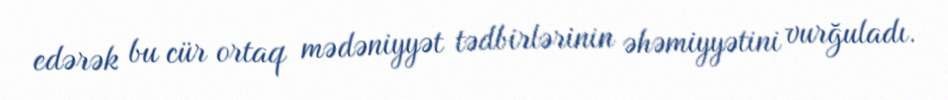
edərək bu cür ortaq mədəniyyət tədbirlərinin əhəmiyyətini vurğuladı.